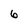
Character: 6